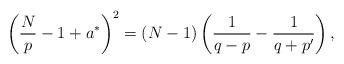
LaTeX: \begin{align*} \left( \frac{N}{p} -1 +a^* \right)^2 = (N-1) \left( \frac{1}{q-p} -\frac{1}{q+p'} \right) ,\end{align*}